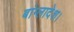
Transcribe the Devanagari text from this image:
बांग्लादेश।